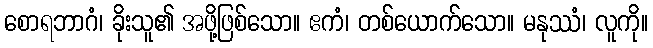
စောရဘာဂံ၊ ခိုးသူ၏ အဖို့ဖြစ်သော။ ဧကံ၊ တစ်ယောက်သော။ မနုဿံ၊ လူကို။